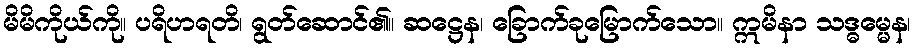
မိမိကိုယ်ကို။ ပရိဟရတိ၊ ရွတ်ဆောင်၏။ ဆဋ္ဌေန၊ ခြောက်ခုမြောက်သော။ ဣမိနာ သဒ္ဓမ္မေန၊